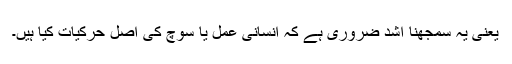
یعنی یہ سمجھنا اشد ضروری ہے کہ انسانی عمل یا سوچ کی اصل حرکیات کیا ہیں۔